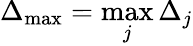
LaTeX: \Delta_{\operatorname*{max}}=\operatorname*{max}_{j}\Delta_{j}